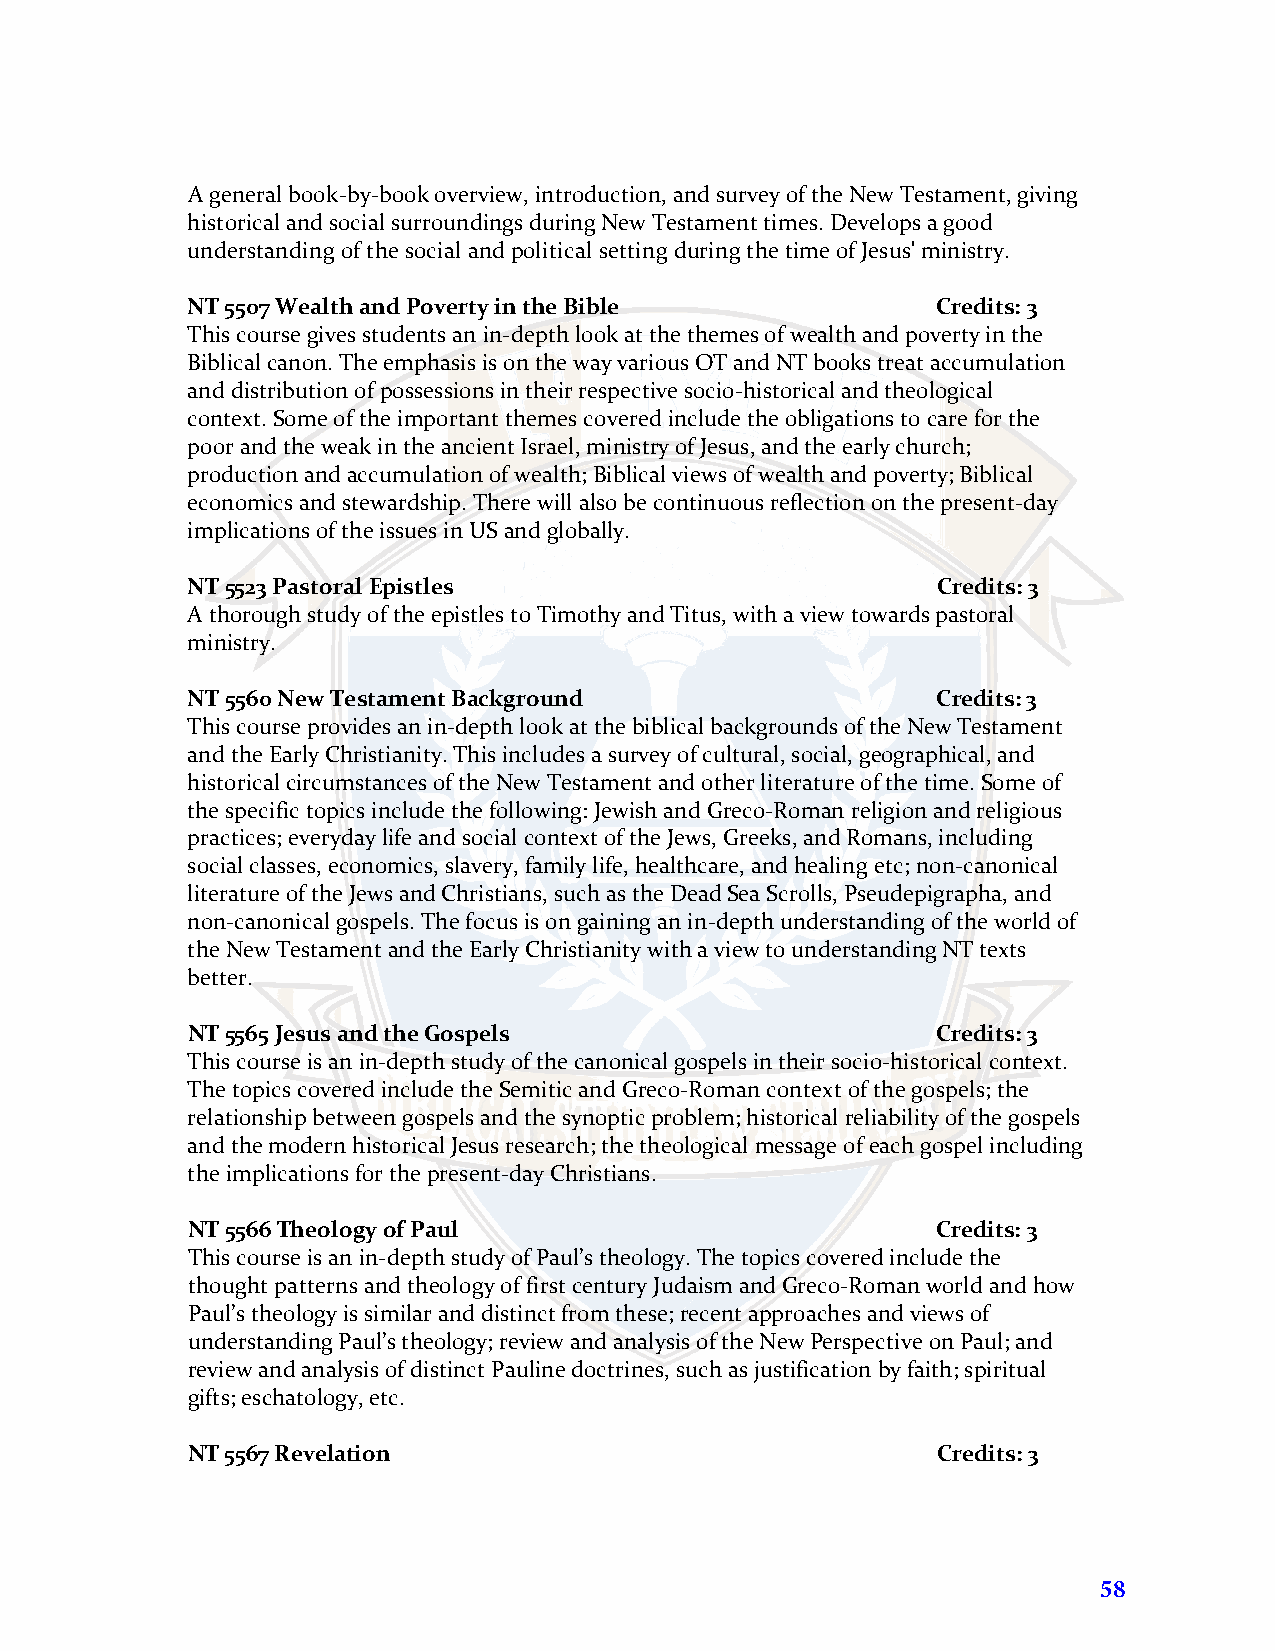
A general book-by-book overview, introduction, and survey of the New Testament, giving
 historical and social surroundings during New Testament times. Develops a good
 understanding of the social and political setting during the time of Jesus' ministry.
 NT 5507 Wealth and Poverty in the Bible           Credits: 3
 This course gives students an in-depth look at the themes of wealth and poverty in the
 Biblical canon. The emphasis is on the way various OT and NT books treat accumulation
 and distribution of possessions in their respective socio-historical and theological
 context. Some of the important themes covered include the obligations to care for the
 poor and the weak in the ancient Israel, ministry of Jesus, and the early church;
 production and accumulation of wealth; Biblical views of wealth and poverty; Biblical
 economics and stewardship. There will also be continuous reflection on the present-day
 implications of the issues in US and globally.
 NT 5523 Pastoral Epistles                         Credits: 3
 A thorough study of the epistles to Timothy and Titus, with a view towards pastoral
 ministry.
 NT 5560 New Testament Background                  Credits: 3
 This course provides an in-depth look at the biblical backgrounds of the New Testament
 and the Early Christianity. This includes a survey of cultural, social, geographical, and
 historical circumstances of the New Testament and other literature of the time. Some of
 the specific topics include the following: Jewish and Greco-Roman religion and religious
 practices; everyday life and social context of the Jews, Greeks, and Romans, including
 social classes, economics, slavery, family life, healthcare, and healing etc; non-canonical
 literature of the Jews and Christians, such as the Dead Sea Scrolls, Pseudepigrapha, and
 non-canonical gospels. The focus is on gaining an in-depth understanding of the world of
 the New Testament and the Early Christianity with a view to understanding NT texts
 better.
 NT 5565 Jesus and the Gospels                     Credits: 3
 This course is an in-depth study of the canonical gospels in their socio-historical context.
 The topics covered include the Semitic and Greco-Roman context of the gospels; the
 relationship between gospels and the synoptic problem; historical reliability of the gospels
 and the modern historical Jesus research; the theological message of each gospel including
 the implications for the present-day Christians.
 NT 5566 Theology of Paul                          Credits: 3
 This course is an in-depth study of Paul’s theology. The topics covered include the
 thought patterns and theology of first century Judaism and Greco-Roman world and how
 Paul’s theology is similar and distinct from these; recent approaches and views of
 understanding Paul’s theology; review and analysis of the New Perspective on Paul; and
 review and analysis of distinct Pauline doctrines, such as justification by faith; spiritual
 gifts; eschatology, etc.
 NT 5567 Revelation                                Credits: 3
 58